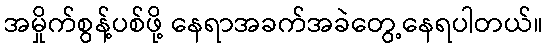
အမှိုက်စွန့်ပစ်ဖို့ နေရာအခက်အခဲတွေ့နေရပါတယ်။